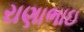
રાણાભાઇ